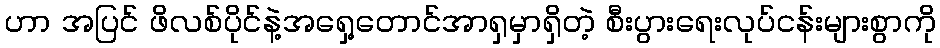
ဟာ အပြင် ဖိလစ်ပိုင်နဲ့အရှေ့တောင်အာရှမှာရှိတဲ့ စီးပွားရေးလုပ်ငန်းများစွာကို